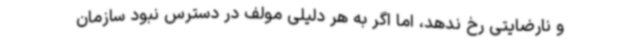
و نارضایتی رخ ندهد، اما اگر به هر دلیلی مولف در دسترس نبود سازمان